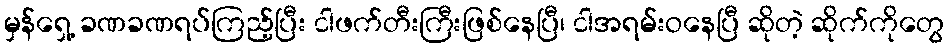
မှန်ရှေ့ ခဏခဏရပ်ကြည့်ပြီး ငါဖက်တီးကြီးဖြစ်နေပြီ၊ ငါအရမ်းဝနေပြီ ဆိုတဲ့ ဆိုက်ကိုတွေ